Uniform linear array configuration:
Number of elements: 4
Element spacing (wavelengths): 0.25
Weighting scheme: kaiser
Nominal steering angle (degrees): -30
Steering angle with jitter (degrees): -30.589
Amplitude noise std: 0.05
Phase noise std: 0.05

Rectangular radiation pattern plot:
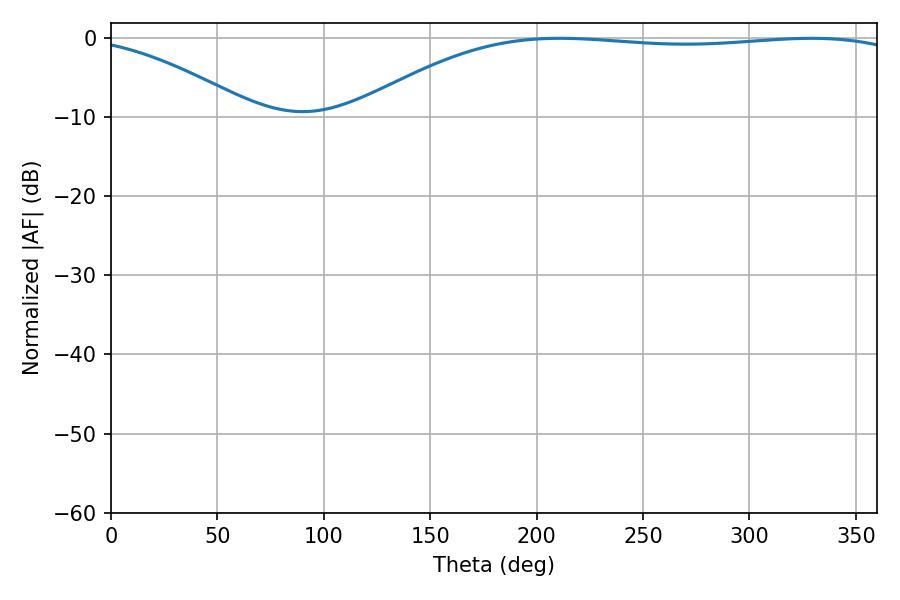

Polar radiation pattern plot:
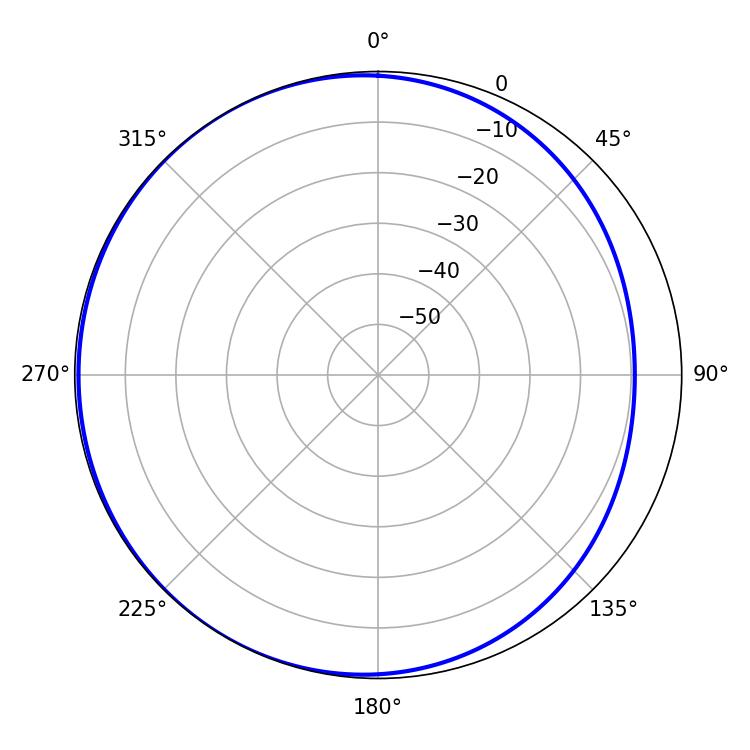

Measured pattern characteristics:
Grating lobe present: FALSE
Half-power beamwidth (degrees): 205.74
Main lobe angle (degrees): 210.96